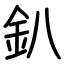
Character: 釟